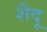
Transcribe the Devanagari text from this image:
शैदू